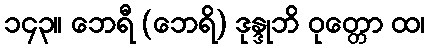
၁၄၃။ ဘေရီ (ဘေရိ) ဒုန္ဒုဘိ ဝုတ္တော ထ၊